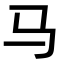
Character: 马